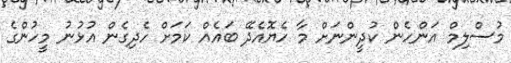
މުސްލިމް އަންހެން ކުދީންނަށް މާ ހެޔޮއެދޭ ބައެއް ކަމަށް ހެދިގެން އުޅުނު މީހުންގެ